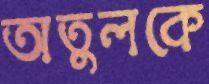
অতুলকে